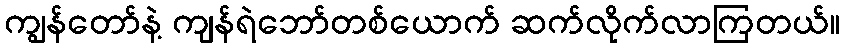
ကျွန်တော်နဲ့ ကျန်ရဲဘော်တစ်ယောက် ဆက်လိုက်လာကြတယ်။